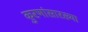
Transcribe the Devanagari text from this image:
कुरणांसारख्या